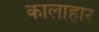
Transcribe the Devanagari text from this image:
कालाहार